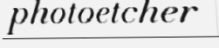
photoetcher